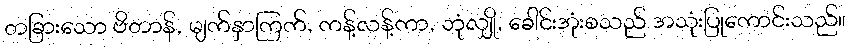
တခြားသော ဗိတာန်, မျက်နှာကြက်, ကန့်လန့်ကာ, ဘုံလျှို, ခေါင်းအုံးစသည် အသုံးပြုကောင်းသည်။